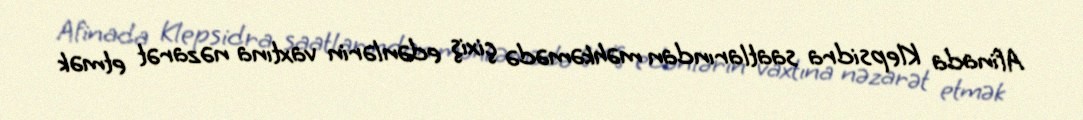
Afinada Klepsidra saatlarından məhkəmədə çixiş edənlərin vaxtına nəzarət etmək